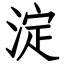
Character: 淀